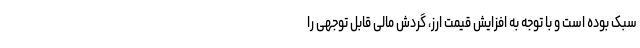
سبک بوده است و با توجه به افزایش قیمت ارز، گردش مالی قابل توجهی را